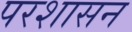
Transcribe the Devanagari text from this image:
परशासन